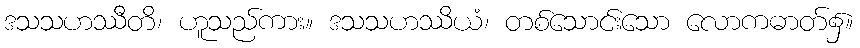
ဒသသဟဿီတိ၊ ဟူသည်ကား။ ဒသသဟဿိယံ၊ တစ်သောင်းသော လောကဓာတ်၌။